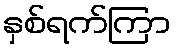
နှစ်ရက်ကြာ